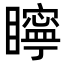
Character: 矃